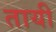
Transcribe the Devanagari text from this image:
तायी